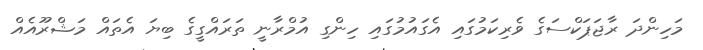
މަހިންދަ ރާޖަޕަކްސަގެ ވެރިކަމުގައި އެގައުމުގައި ހިންގި އުމްރާނީ ތަރައްގީގެ ބިޔަ އެތައް މަޝްރޫއެއް